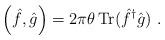
LaTeX: \begin{align*}\left( \hat{f},\hat{g}\right)=2\pi \theta {\,\rm Tr}({\hat f}^{\dagger}\hat{g})~.\end{align*}